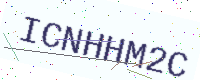
Text: ICNHHM2C